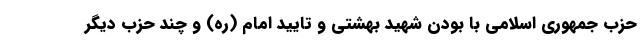
حزب جمهوری اسلامی با بودن شهید بهشتی و تایید امام (ره) و چند حزب دیگر